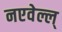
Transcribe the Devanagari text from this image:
नएवेल्ल्